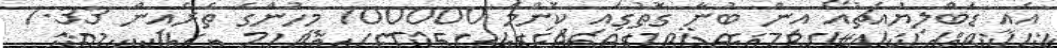
އެއީ ޑަބްލިޔުއެޗުއޯ އިން ބުނާ ގޮތުގައި ކޮންމެ 100000 މީހުންގެ ތެރެއިން 7.33